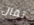
تقال